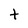
Character: t